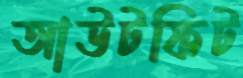
আউটফিট